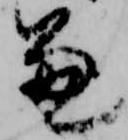
兼